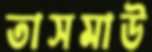
তাসমাউ